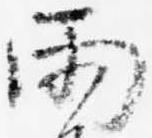
雨